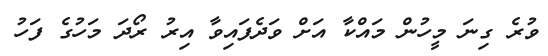
ވުރެ ގިނަ މީހުން މައްކާ އަށް ވަދެފައިވާ އިރު ރޯދަ މަހުގެ ފަހު